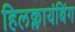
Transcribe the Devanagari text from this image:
हिलक्लायंबिंग